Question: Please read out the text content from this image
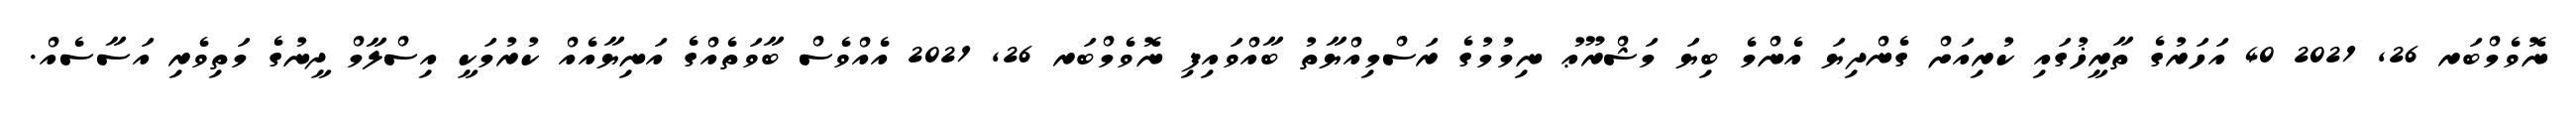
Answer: ނޮވެމްބަރ 26, 2021 40 އަހަރުގެ ތާރީޚުގައި ކުރިއަށް ގެންދިޔަ އެންމެ ބިޔަ މަޝްރޫޢު ނިމުމުގެ ރަސްމިއްޔާތު ބާއްވައިފި ނޮވެމްބަރ 26, 2021 އެއްވެސް ބާވަތެއްގެ އަނިޔާއެއް ކުރުމަކީ އިސްލާމް ދީނުގެ މަތިވެރި އަސާސެއް.